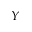
Y